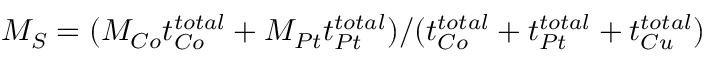
M _ { S } = ( M _ { C o } t _ { C o } ^ { t o t a l } + M _ { P t } t _ { P t } ^ { t o t a l } ) / ( t _ { C o } ^ { t o t a l } + t _ { P t } ^ { t o t a l } + t _ { C u } ^ { t o t a l } )